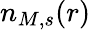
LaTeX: n_{M,s}(r)